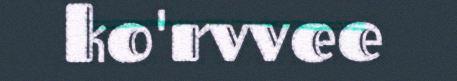
ko'rvvee